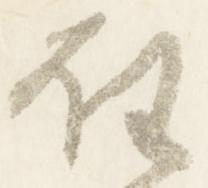
任